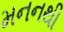
મનનથી